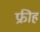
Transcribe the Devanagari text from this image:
फ्रीह